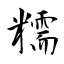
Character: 糯